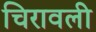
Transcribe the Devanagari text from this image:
चिरावली